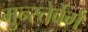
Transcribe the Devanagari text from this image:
मुन्स्तेर्बेर्ग